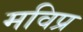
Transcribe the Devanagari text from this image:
मविप्र